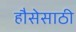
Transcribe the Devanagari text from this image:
हौसेसाठी